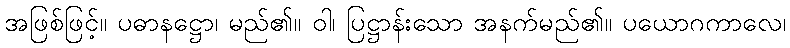
အဖြစ်ဖြင့်။ ပဓာနဋ္ဌော၊ မည်၏။ ဝါ၊ ပြဋ္ဌာန်းသော အနက်မည်၏။ ပယောဂကာလေ၊